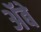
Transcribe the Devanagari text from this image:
ॲबे